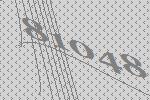
81048